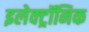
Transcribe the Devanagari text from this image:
इलेक्‍ट्रॉनिक